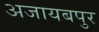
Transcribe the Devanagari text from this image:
अजायबपुर